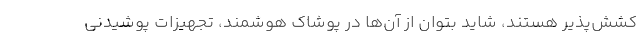
کشش‌پذیر هستند، شاید بتوان از آن‌ها در پوشاک هوشمند، تجهیزات پوشیدنی